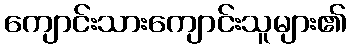
ကျောင်းသားကျောင်းသူများ၏